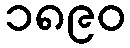
၁၈၉၀